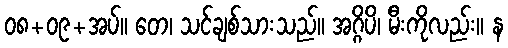
၀၈+၀၉+အပ်။ တေ၊ သင်ချစ်သားသည်။ အဂ္ဂိပိ၊ မီးကိုလည်း။ န